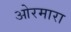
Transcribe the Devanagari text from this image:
ओरमारा